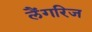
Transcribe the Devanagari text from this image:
लैंगरिज